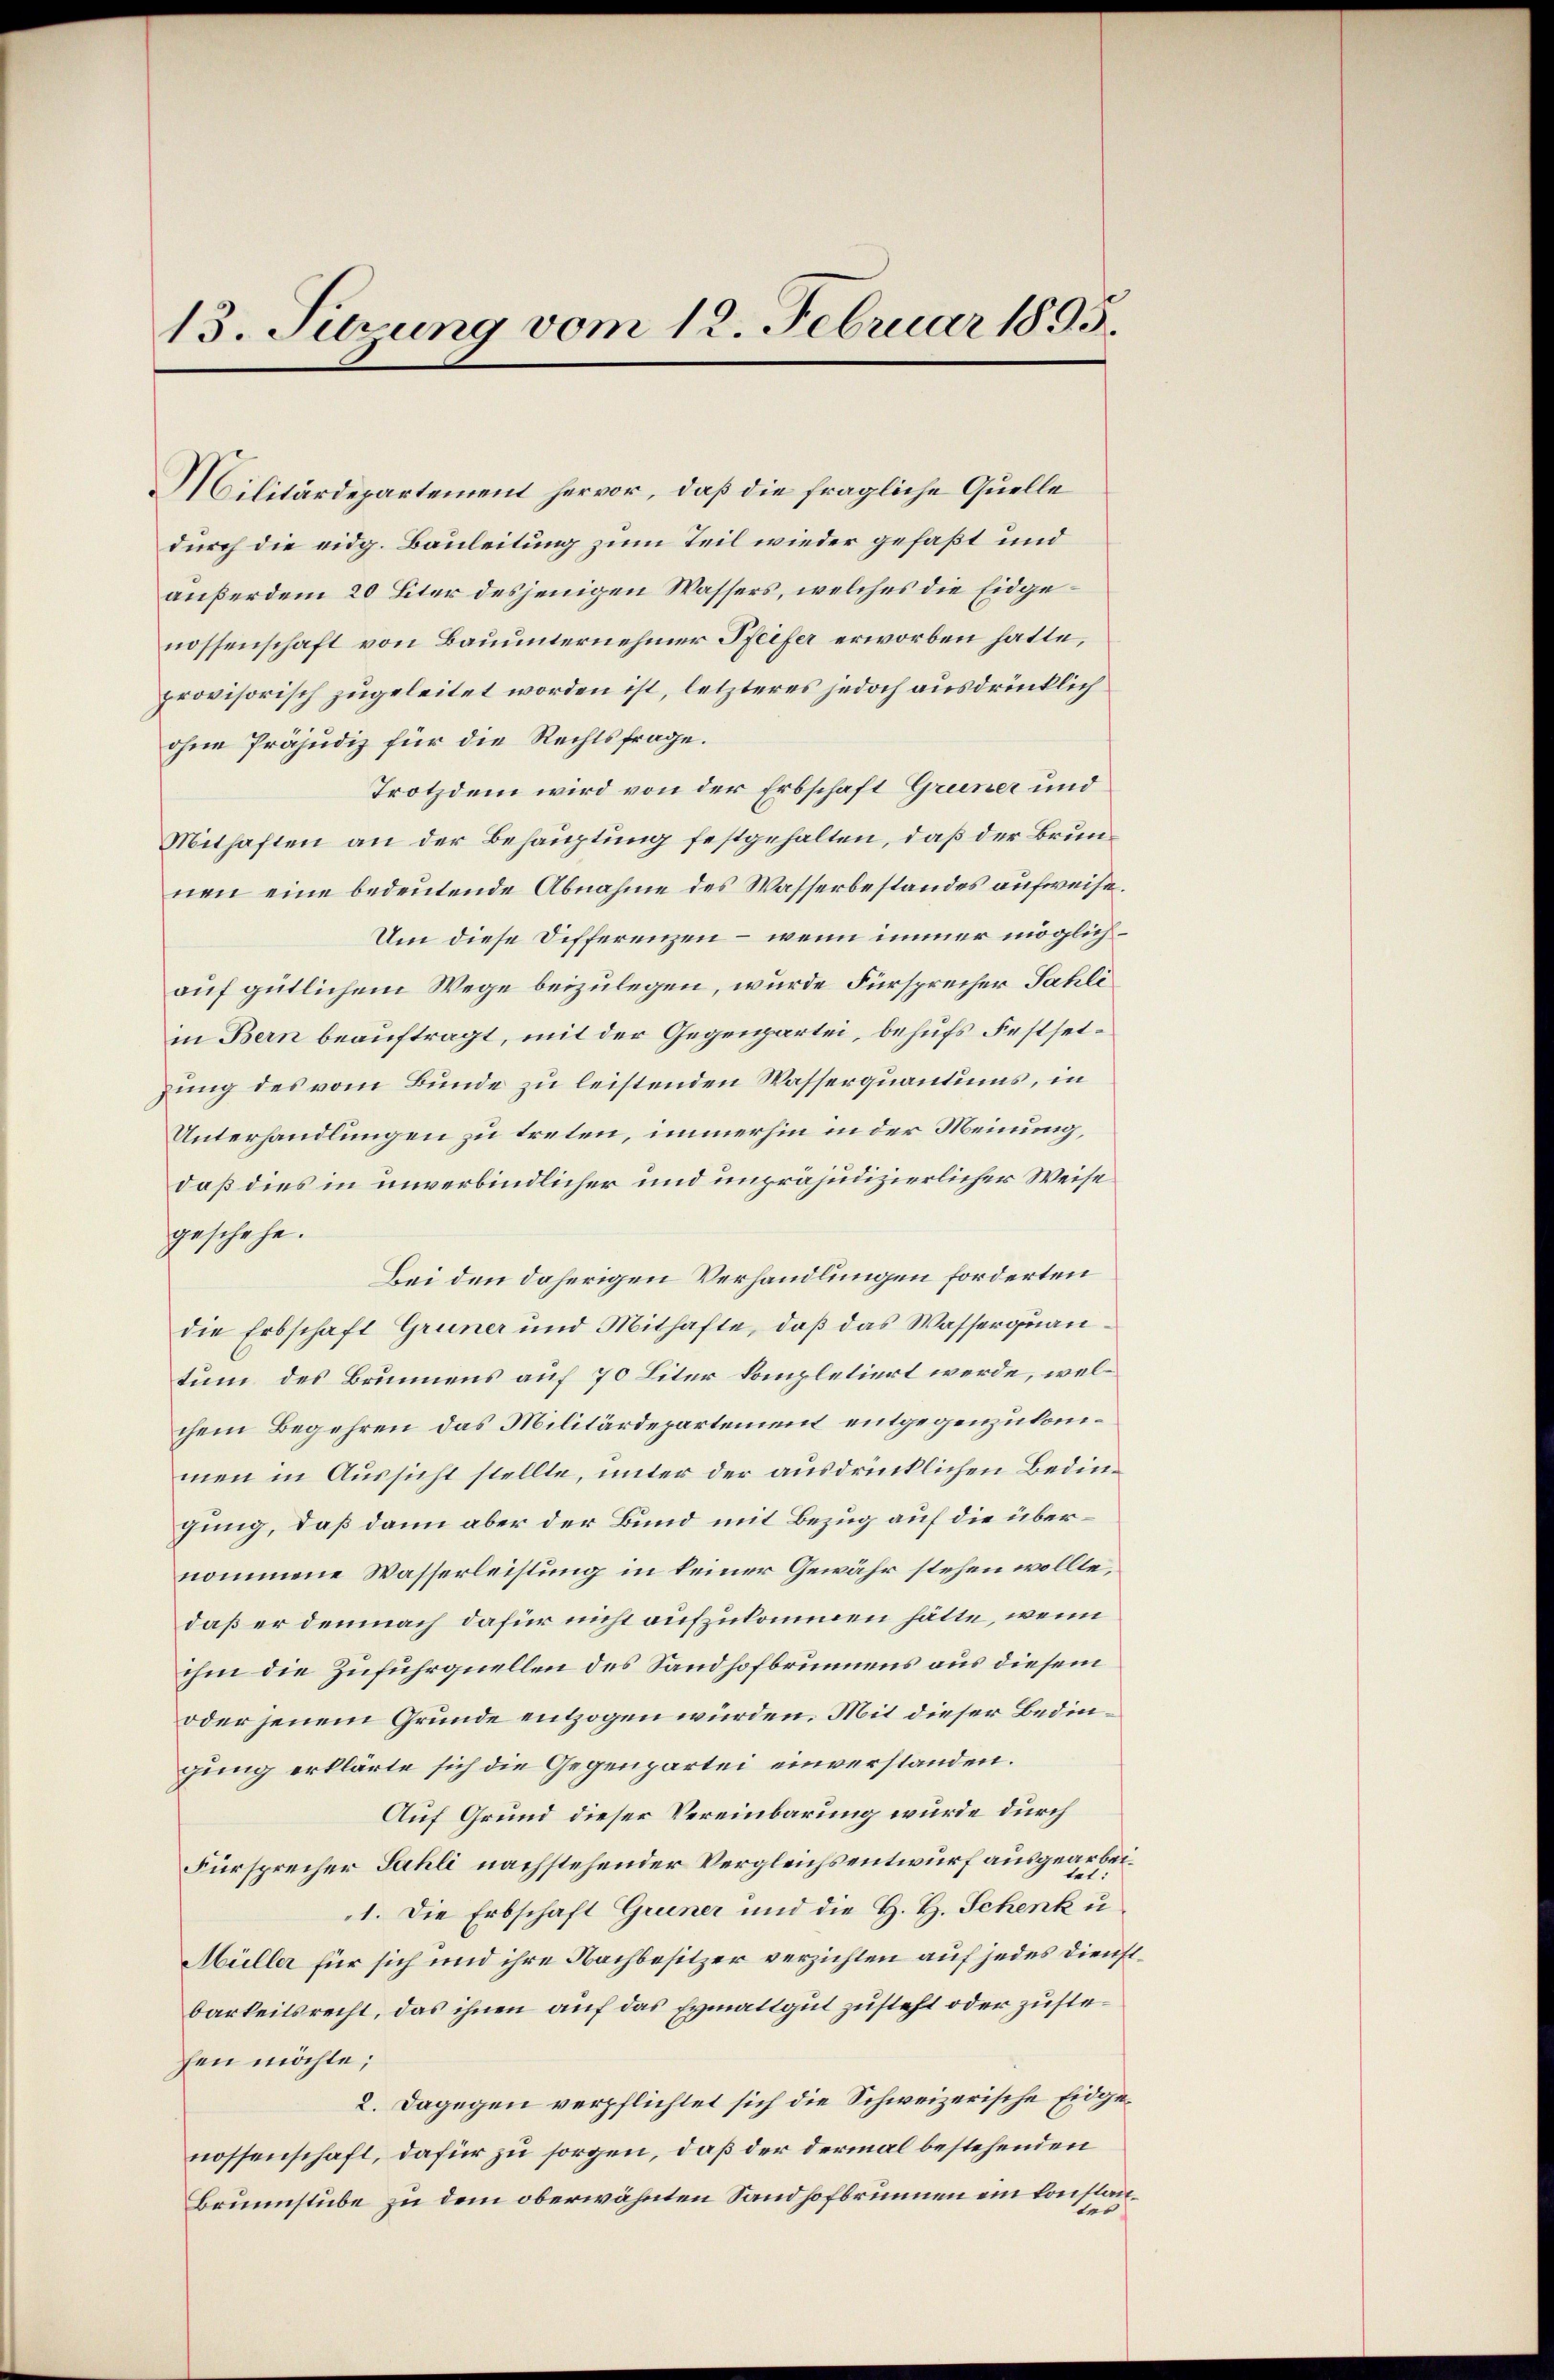
13. Surung vom 12. Februar 1895.

Militärdepartement hervor, daß die fragliche Quelle
durch die eidg. Bauleitung zum Teil wieder gefaßt und
außerdem 20 Liter desjenigen Wassers, welches die Eidgenossenschaft von Bauunternehmer Pfeifer erworben hatte,
provisorisch zugeleitet worden ist, letzteres jedoch ausdrücklich
ohne Präjudiz für die Rechtsfrage.
Trotzdem wird von der Erbschaft Gruner und
Mithaften an der Behauptung festgehalten, daß der Brunnen eine bedeutende Abnahme des Wasserbestandes aufweise.
Um diese Differenzen – wenn immer möglichauf gütlichem Wege beizulegen, wurde Fürsprecher Fahli
in Bern beauftragt, mit der Gegenpartei, behufs Festsetzung des vom Bunde zu leistenden Wasserquantums, in
Unterhandlungen zu treten, immerhin in der Meinung,
daß dies in unverbindlicher und unpräjudizierlicher Weise
geschehe.
Bei den daherigen Verhandlungen forderten
die Erbschaft Gruner und Mithafte, daß das Wasserquantum des Brunnens auf 70 Liter kompletiert werde, welchem Begehren das Militärdepartement entgegenzukommen in Aussicht stellte, unter der ausdrücklichen Bedingung, daß dann aber der Bund mit Bezug auf die übernommene Wasserleistung in keiner Gewähr stehen wollte,
daß er demnach dafür nicht aufzukommen hätte, wenn
ihm die Zufuhrquellen des Sandhofbrunnens aus diesem
oder jenem Grunde entzogen würden. Mit dieser Bedingung erklärte sich die Gegenpartei einverstanden.
Auf Grund dieser Vereinbarung wurde durch
Fürsprecher Fahli nachstehender Vergleichsentwurf ausgearbei¬
1. Die Erbschaft Gruener und die H. H. Schenk u
Müller für sich und ihre Nachbesitzer verzichten auf jedes Dienstbarkeitsrecht, das ihnen auf das Eymattgut zusteht oder zustefen möchte;
2. Dagegen verpflichtet sich die Schweizerische Eidgenossenschaft, dafür zu sorgen, daß der dermal bestehenden
Brunnstube zu dem oberwähnten Sandhofbrunnen ein konstans